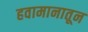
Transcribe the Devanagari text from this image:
हवामानातून